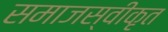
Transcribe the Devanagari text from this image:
समाजस्वीकृत